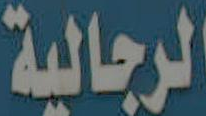
الرجالية